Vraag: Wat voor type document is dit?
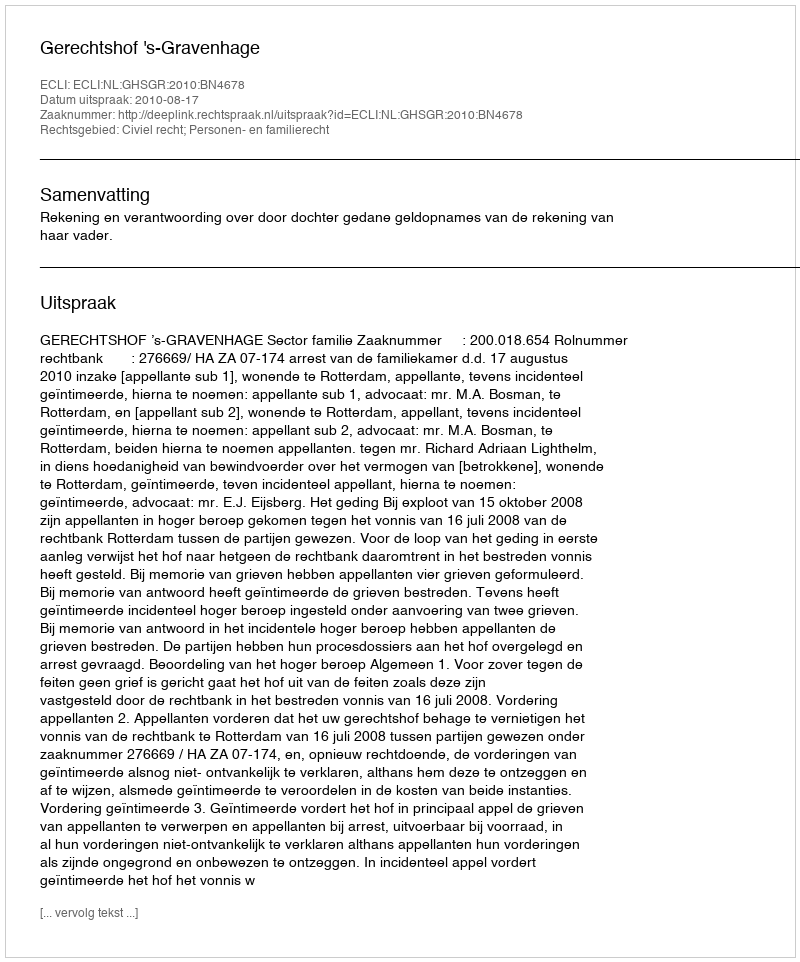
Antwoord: Uitspraak